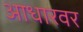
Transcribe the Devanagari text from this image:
आधारवर